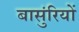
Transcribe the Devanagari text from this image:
बासुंरियों